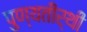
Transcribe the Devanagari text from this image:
पुण्यतीर्थी